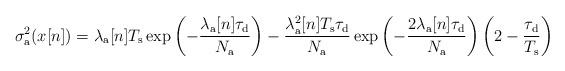
LaTeX: \begin{align*}\sigma_{\rm a}^2 (x[n])=\lambda_\mathrm{a}[n]T_{\rm s} \exp\left(-\frac{\lambda_\mathrm{a} [n]\tau_{\rm d}}{N_{\rm a}}\right)-\frac{\lambda_\mathrm{a}^2 [n]T_{\rm s}\tau_{\rm d}}{N_{\rm a}} \exp\left(-\frac{2\lambda_\mathrm{a} [n]\tau_{\rm d}}{N_{\rm a}}\right)\left(2-\frac{\tau_{\rm d}}{T_{\rm s}}\right)\end{align*}